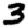
Digit: 3